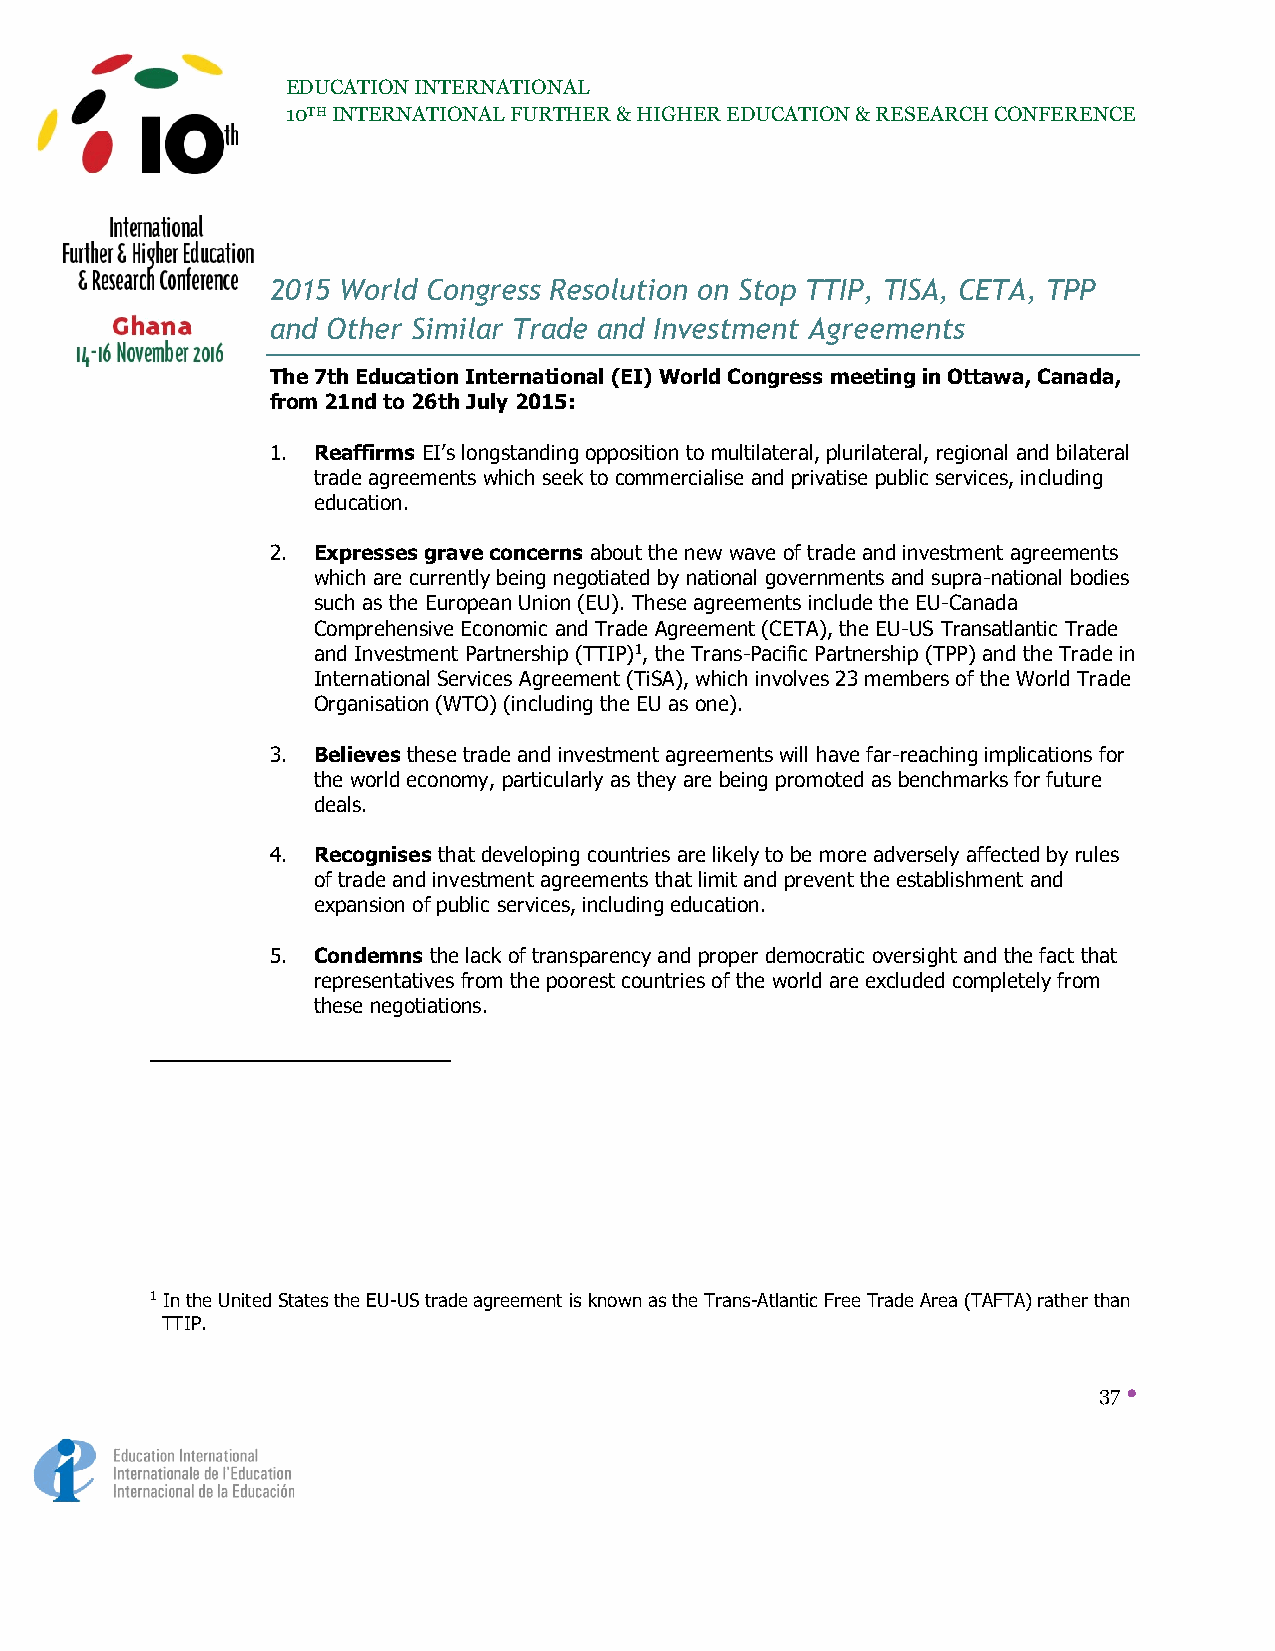
EDUCATION INTERNATIONAL
 10TH INTERNATIONAL FURTHER & HIGHER EDUCATION & RESEARCH CONFERENCE
 2015 World Congress Resolution on Stop TTIP, TISA, CETA, TPP
 and Other Similar Trade and Investment Agreements
 The 7th Education International (EI) World Congress meeting in Ottawa, Canada,
 from 21nd to 26th July 2015:
 1. Reaffirms EI’s longstanding opposition to multilateral, plurilateral, regional and bilateral
 trade agreements which seek to commercialise and privatise public services, including
 education.
 2. Expresses grave concerns about the new wave of trade and investment agreements
 which are currently being negotiated by national governments and supra-national bodies
 such as the European Union (EU). These agreements include the EU-Canada
 Comprehensive Economic and Trade Agreement (CETA), the EU-US Transatlantic Trade
 and Investment Partnership (TTIP)1, the Trans-Pacific Partnership (TPP) and the Trade in
 International Services Agreement (TiSA), which involves 23 members of the World Trade
 Organisation (WTO) (including the EU as one).
 3. Believes these trade and investment agreements will have far-reaching implications for
 the world economy, particularly as they are being promoted as benchmarks for future
 deals.
 4. Recognises that developing countries are likely to be more adversely affected by rules
 of trade and investment agreements that limit and prevent the establishment and
 expansion of public services, including education.
 5. Condemns the lack of transparency and proper democratic oversight and the fact that
 representatives from the poorest countries of the world are excluded completely from
 these negotiations.
 1 In the United States the EU-US trade agreement is known as the Trans-Atlantic Free Trade Area (TAFTA) rather than
 TTIP.
 37 